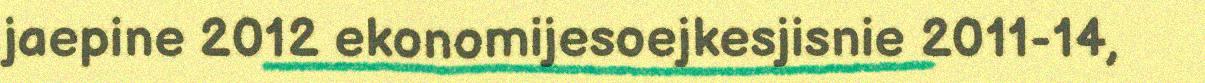
jaepine 2012 ekonomijesoejkesjisnie 2011-14,